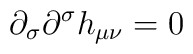
\partial _{\sigma }\partial ^{\sigma }h_{\mu \nu }=0